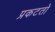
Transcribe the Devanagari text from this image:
प्रकटतो